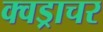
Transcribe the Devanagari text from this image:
क्वड्राचर